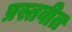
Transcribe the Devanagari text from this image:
प्रस्तवीत